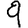
Digit: 9